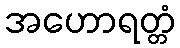
အဟောရတ္တံ